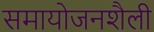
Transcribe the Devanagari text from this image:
समायोजनशैली